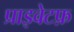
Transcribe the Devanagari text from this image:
प्राइवेटफ़